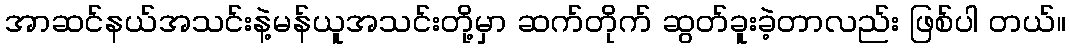
အာဆင်နယ်အသင်းနဲ့မန်ယူအသင်းတို့မှာ ဆက်တိုက် ဆွတ်ခူးခဲ့တာလည်း ဖြစ်ပါ တယ်။